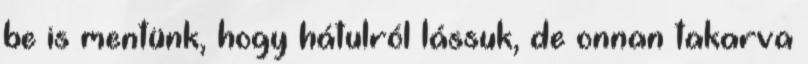
be is mentünk, hogy hátulról lássuk, de onnan takarva